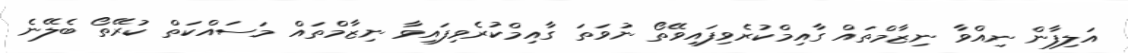
އަލިފާން ނިއްވާ ނިޒާމްތައް ގާއިމްކުރެވިފައިވޭތޯ ނުވަތަ ގާއިމްކުރެވިފައިވާ ނިޒާމްތައް މަސައްކަތް ކުރޭތޯ ބެލޭނެ